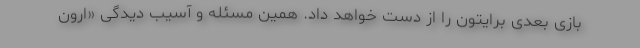
بازی بعدی برایتون را از دست خواهد داد. همین مسئله و آسیب دیدگی «ارون